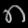
Digit: ၈